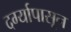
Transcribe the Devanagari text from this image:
दर्ग्यापासून